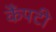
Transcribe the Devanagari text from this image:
कैंपटी